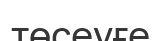
төсеуғе